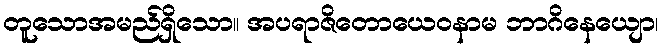
တူသောအမည်ရှိသော။ အပရာဇိတောယေဝနာမ ဘာဂိနေယျော၊